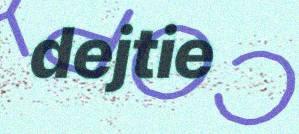
dejtie